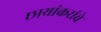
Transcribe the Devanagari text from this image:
छायांकरांचे